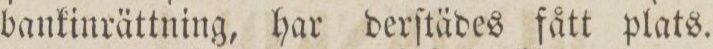
bankinrättning, har derſtädes fått plats.